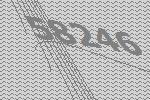
58246